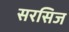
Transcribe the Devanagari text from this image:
सरसिज